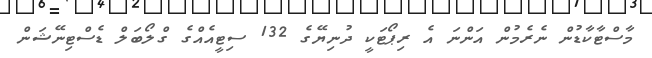
މާސްޓާކާޑުން ނެރެމުން އަންނަ އެ ރިޕޯޓަކީ ދުނިޔޭގެ 132 ސިޓީއެއްގެ ގްލޯބަލް ޑެސްޓިނޭޝަން